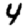
Digit: 4